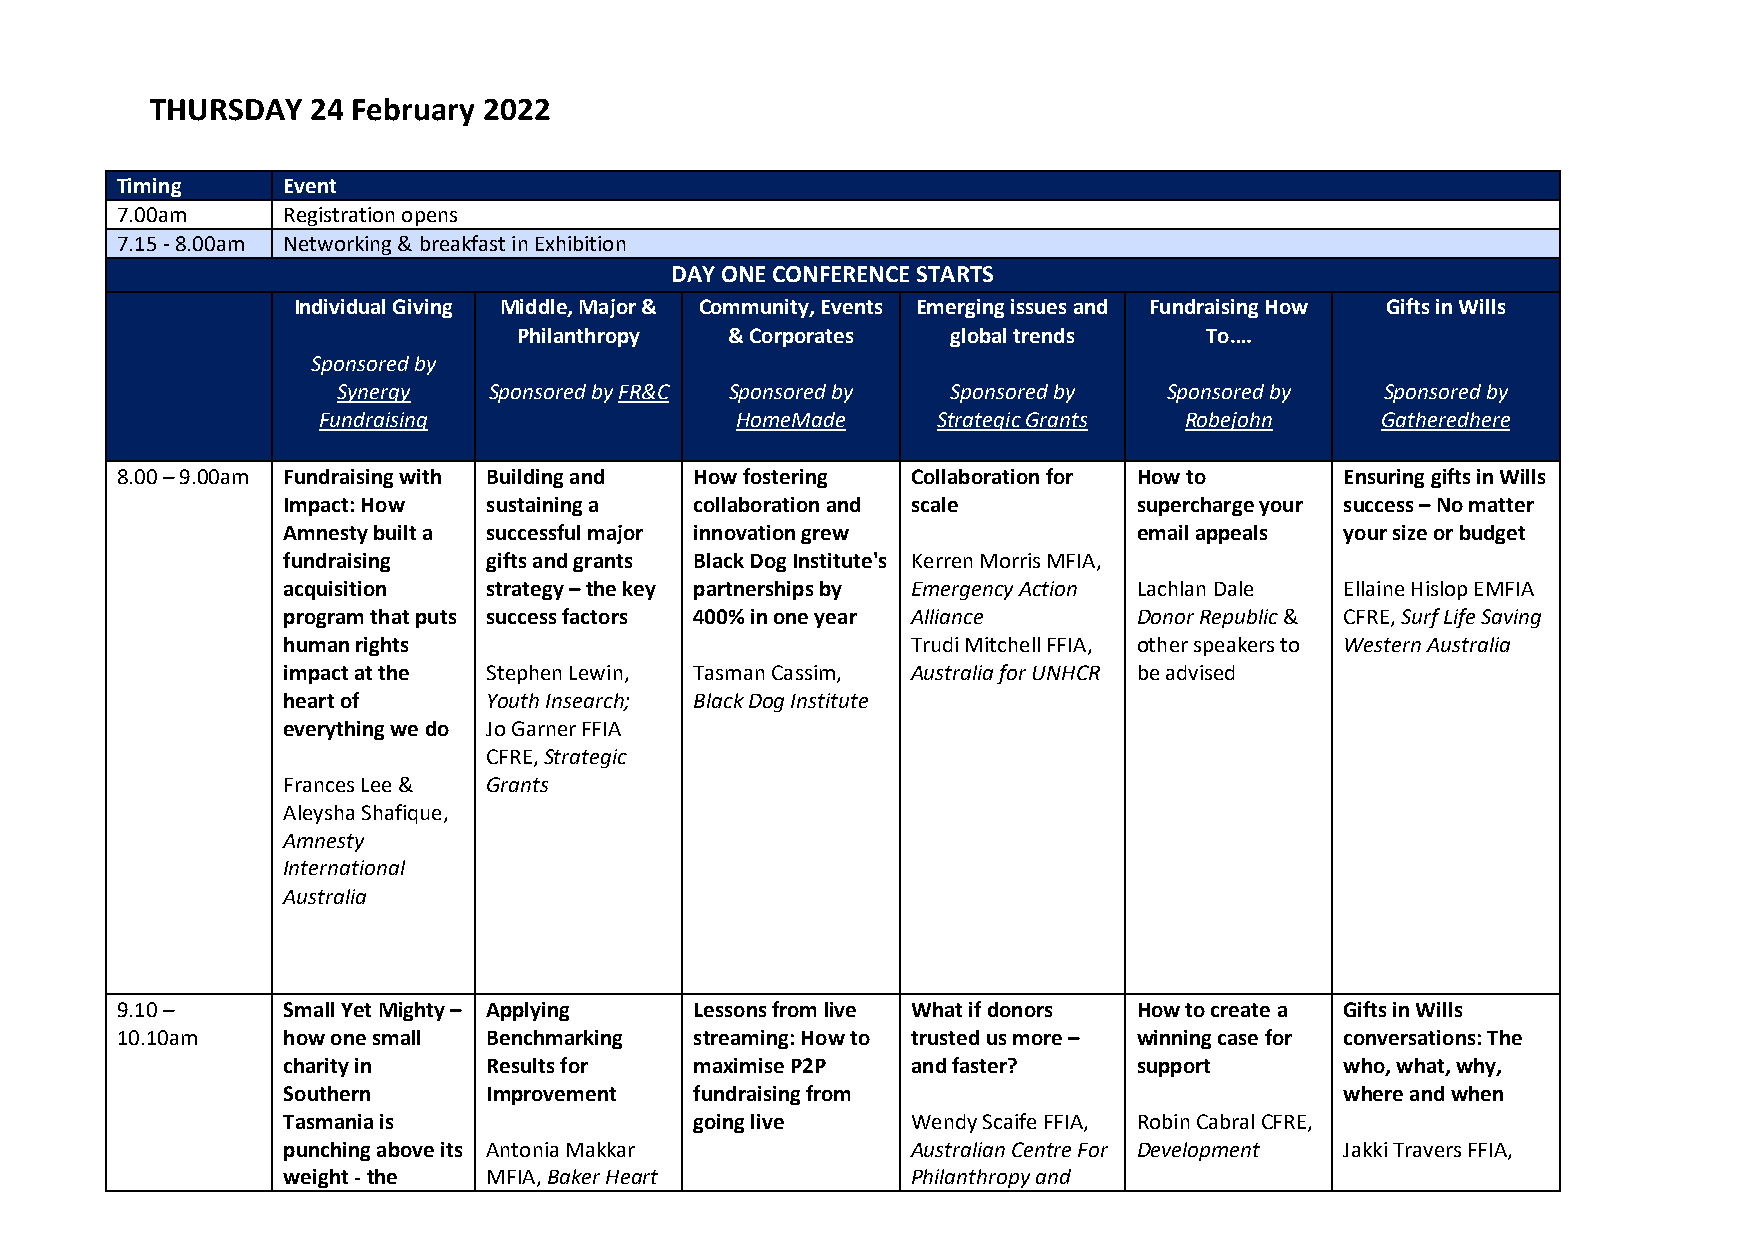
THURSDAY   24 February 2022
 Timing     Event
 7.00am     Registration opens
 7.15 - 8.00am Networking & breakfast in Exhibition
 DAY ONE CONFERENCE STARTS
 Individual Giving Middle, Major & Community, Events Emerging issues and Fundraising How Gifts in Wills
 Philanthropy  & Corporates   global trends    To….
 Sponsored by
 Synergy   Sponsored by FR&C Sponsored by Sponsored by  Sponsored by   Sponsored by
 Fundraising                 HomeMade     Strategic Grants Robejohn    Gatheredhere
 8.00 – 9.00am Fundraising with Building and How fostering Collaboration for How to Ensuring gifts in Wills
 Impact: How  sustaining a  collaboration and scale      supercharge your success – No matter
 Amnesty built a successful major innovation grew        email appeals your size or budget
 fundraising  gifts and grants Black Dog Institute's Kerren Morris MFIA,
 acquisition  strategy – the key partnerships by Emergency Action Lachlan Dale Ellaine Hislop EMFIA
 program that puts success factors 400% in one year Alliance Donor Republic & CFRE, Surf Life Saving
 human rights                             Trudi Mitchell FFIA, other speakers to Western Australia
 impact at the Stephen Lewin, Tasman Cassim, Australia for UNHCR be advised
 heart of     Youth Insearch; Black Dog Institute
 everything we do Jo Garner FFIA
 CFRE, Strategic
 Frances Lee & Grants
 Aleysha Shafique,
 Amnesty
 International
 Australia
 9.10 –     Small Yet Mighty – Applying Lessons from live What if donors How to create a Gifts in Wills
 10.10am    how one small Benchmarking streaming: How to trusted us more – winning case for conversations: The
 charity in   Results for   maximise P2P  and faster?    support       who, what, why,
 Southern     Improvement   fundraising from                           where and when
 Tasmania is                going live    Wendy Scaife FFIA, Robin Cabral CFRE,
 punching above its Antonia Makkar        Australian Centre For Development Jakki Travers FFIA,
 weight - the MFIA, Baker Heart           Philanthropy and